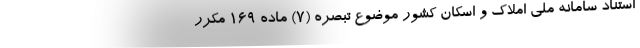
استناد سامانه ملی املاک و اسکان کشور موضوع تبصره (۷) ماده ۱۶۹ مکرر